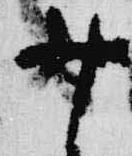
少